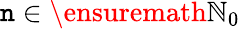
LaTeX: \mathtt{n}\in\ensuremath{{\mathbb{{N}}}}_{0}